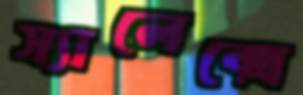
স্যালেক্সে